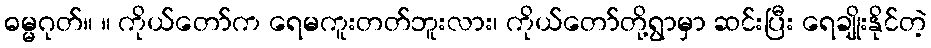
ဓမ္မဂုတ်။ ။ ကိုယ်တော်က ရေမကူးတတ်ဘူးလား၊ ကိုယ်တော်တို့ရွာမှာ ဆင်းပြီး ရေချိုးနိုင်တဲ့